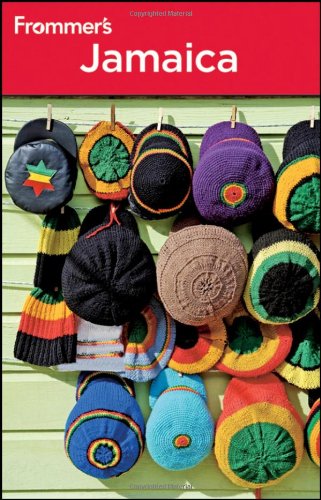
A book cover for Frommer's Jamaica; Darwin Porter; Travel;